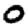
Digit: 0